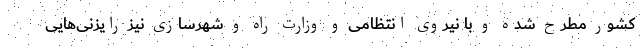
کشور مطرح شده و با نیروی انتظامی و وزارت راه و شهرسازی نیز رایزنی‌هایی